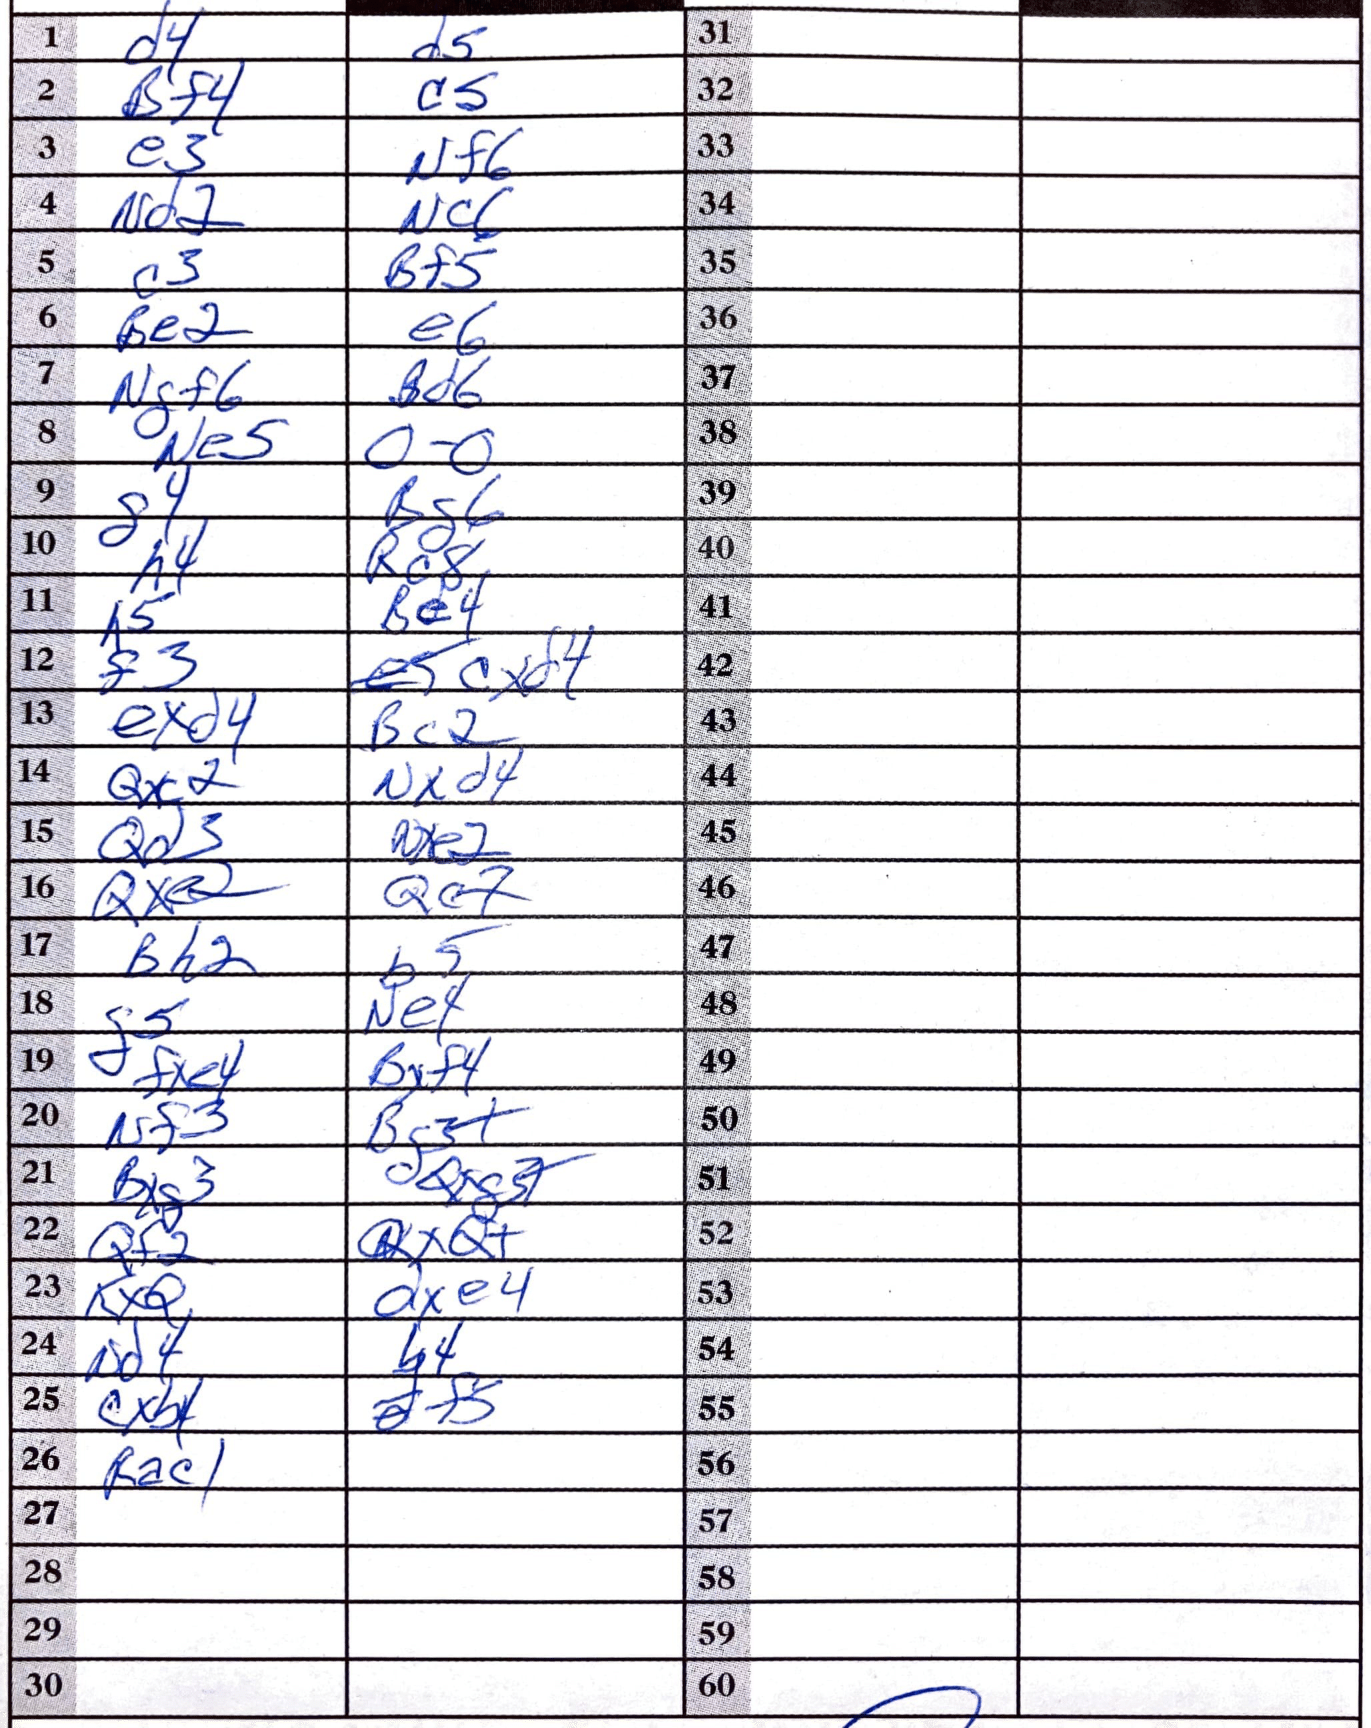
Moves: d4 d5 Bf4 c5 e3 Nf6 Nd2 Nc6 c3 Bf5 Be2 e6 Ngf6 Bd6 Ne5 O-O g4 Bg6 h4 Rc8 h5 Be4 f3 cxd4 exd4 Bc2 Qxc2 Nxd4 Qd3 Nxe2 Qxe2 Qe7 Bh2 b5 g5 Ne4 fxe4 Bxf4 Nf3 Bg3+ Bxg3 Qxg5 Qf2 QxQ+ KxQ dxe4 Nd4 b4 cxb4 f5 Rac1